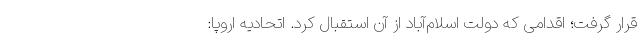
قرار گرفت؛ اقدامی که دولت اسلام‌آباد از آن استقبال کرد. اتحادیه اروپا: